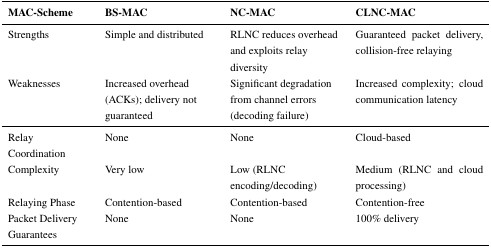
| MAC-Scheme | BS-MAC | NC-MAC | CLNC-MAC |
 | --- | --- | --- | --- |
 | Strengths | Simple and distributed | RLNC reduces overhead and exploits relay diversity | Guaranteed packet delivery, collision-free relaying |
 | Weaknesses | Increased overhead (ACKs); delivery not guaranteed | Significant degradation from channel errors (decoding failure) | Increased complexity; cloud communication latency |
 | Relay Coordination | None | None | Cloud-based |
 | Complexity | Very low | Low (RLNC encoding/decoding) | Medium (RLNC and cloud processing) |
 | Relaying Phase | Contention-based | Contention-based | Contention-free |
 | Packet Delivery Guarantees | None | None | 100% delivery |